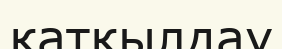
қатқылдау